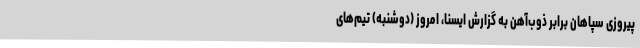
پیروزی سپاهان برابر ذوب‌آهن به گزارش ایسنا، امروز (دوشنبه) تیم‌های